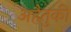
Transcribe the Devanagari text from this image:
अहैतुकी